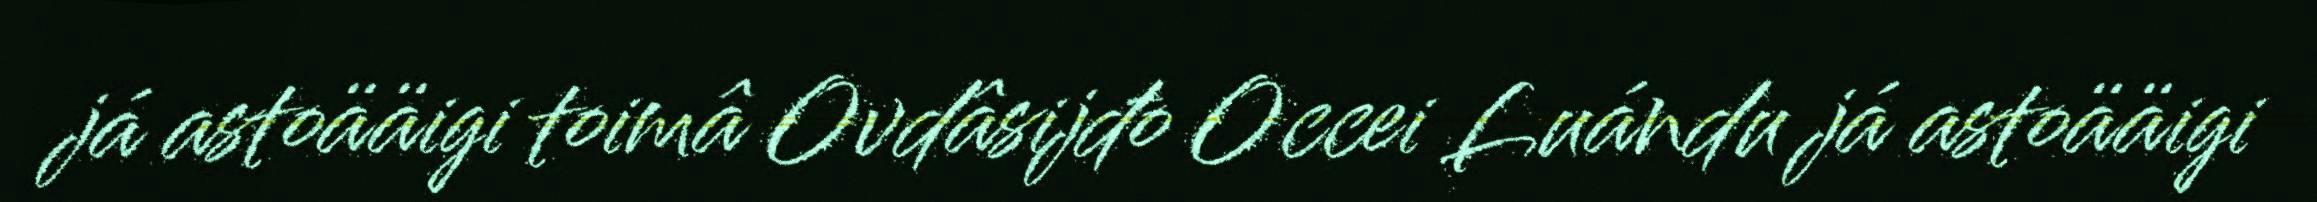
já astoääigi toimâ Ovdâsijđo Occei Luándu já astoääigi